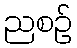
ညစဉ်